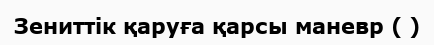
Зениттік қаруға қарсы маневр ( )